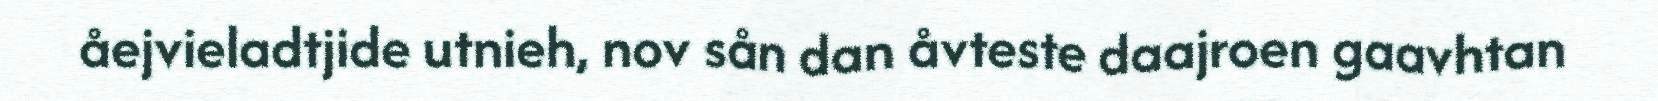
åejvieladtjide utnieh, nov sån dan åvteste daajroen gaavhtan